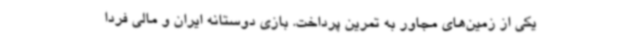
یکی از زمین‌های مجاور به تمرین پرداخت. بازی دوستانه ایران و مالی فردا